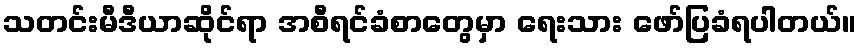
သတင်းမီဒီယာဆိုင်ရာ အစီရင်ခံစာတွေမှာ ရေးသား ဖော်ပြခံရပါတယ်။